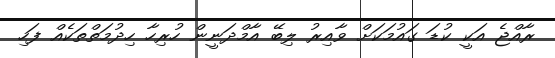
ރާއްޖެ އަކީ ކުޑަ ގައުމަކަށް ވާއިރު ލިބޭ އާމްދަނީން ހުރިހާ ހިދުމަތްތަކެއް ފަހި